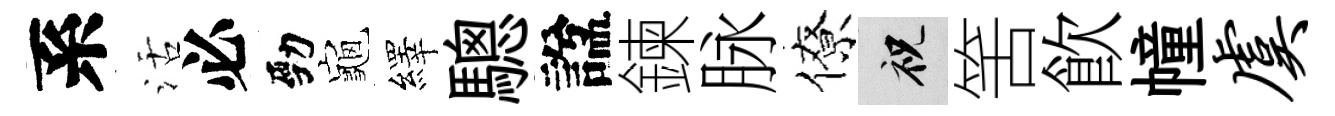
系活必勁龜繹驄諡鍊脉僚祝筈飮幢虞